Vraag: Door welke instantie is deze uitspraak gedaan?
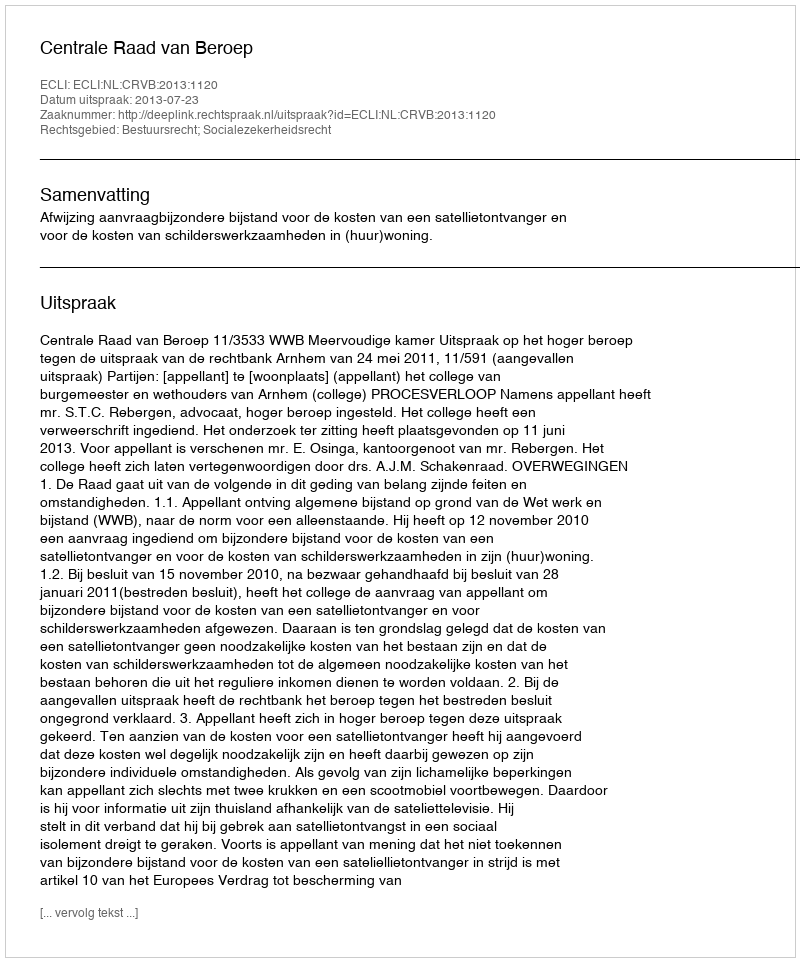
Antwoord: Centrale Raad van Beroep